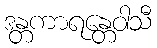
ဒန္တကာရန္တေဝါသီ